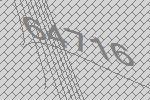
64716